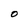
Character: O